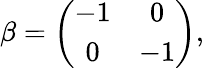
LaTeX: \beta=\left(\begin{array}{cc}{{-1}}&{{0}}\\ {{0}}&{{-1}}\end{array}\right),